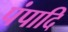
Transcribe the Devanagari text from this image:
पंपादि